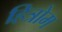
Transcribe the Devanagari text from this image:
हित्रोम